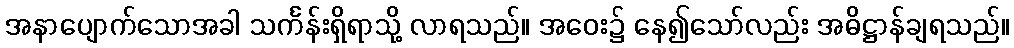
အနာပျောက်သောအခါ သင်္ကန်းရှိရာသို့ လာရသည်။ အဝေး၌ နေ၍သော်လည်း အဓိဋ္ဌာန်ချရသည်။